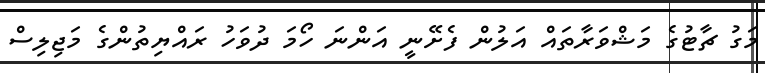
މަގު ޗާޓުގެ މަޝްވަރާތައް އަލުން ފެށޭނީ އަންނަ ހޯމަ ދުވަހު ރައްޔިތުންގެ މަޖިލިސް